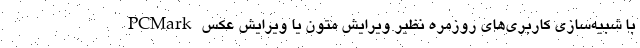
PCMark با شبیه‌سازی کاربری‌های روزمره نظیر ویرایش متون یا ویرایش عکس